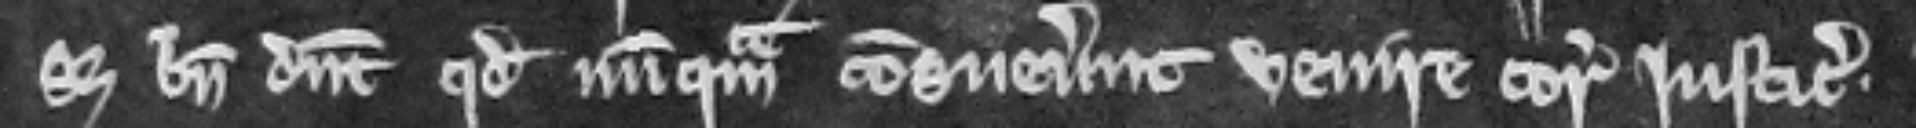
set bene dicunt quod nunquam consueverunt venire coram justiciariis.